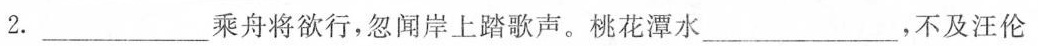
2.______________乘舟将欲行，忽闻岸上踏歌声。桃花潭水_____________，不及汪伦